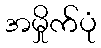
အမှိုက်ပုံ